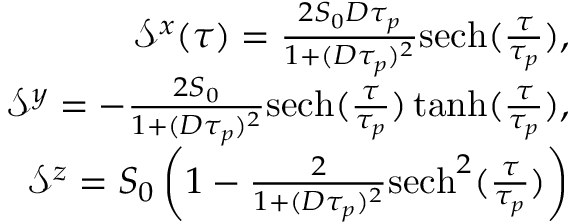
\begin{array} { r } { \mathcal { S } ^ { x } ( \tau ) = \frac { 2 S _ { 0 } D \tau _ { p } } { 1 + ( D \tau _ { p } ) ^ { 2 } } \mathrm { s e c h } ( \frac { \tau } { \tau _ { p } } ) , } \\ { \mathcal { S } ^ { y } = - \frac { 2 S _ { 0 } } { 1 + ( D \tau _ { p } ) ^ { 2 } } \mathrm { s e c h } ( \frac { \tau } { \tau _ { p } } ) \operatorname { t a n h } ( \frac { \tau } { \tau _ { p } } ) , } \\ { \mathcal { S } ^ { z } = S _ { 0 } \left( 1 - \frac { 2 } { 1 + ( D \tau _ { p } ) ^ { 2 } } \mathrm { s e c h } ^ { 2 } ( \frac { \tau } { \tau _ { p } } ) \right) } \end{array}